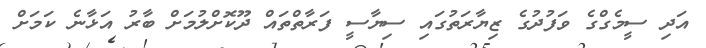
އަދި ސީމެގްގެ ވަފުދުގެ ޒިޔާރަތުގައި ސިޔާސީ ފަރާތްތައް ދޫކޮށްލުމަށް ބާރު އަޅާނެ ކަމަށް